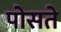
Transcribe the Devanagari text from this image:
पोसते